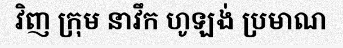
វិញ ក្រុម នាវឹក ហូឡង់ ប្រមាណ